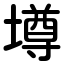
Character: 墫